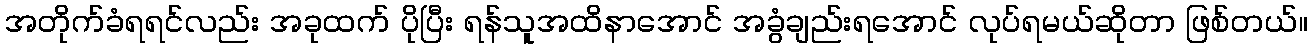
အတိုက်ခံရရင်လည်း အခုထက် ပိုပြီး ရန်သူအထိနာအောင် အခွံချည်းရအောင် လုပ်ရမယ်ဆိုတာ ဖြစ်တယ်။